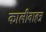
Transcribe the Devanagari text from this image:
कालीवाहन्न